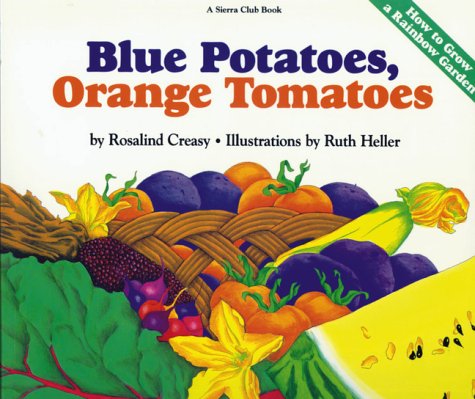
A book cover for Blue Potatoes, Orange Tomatoes: How to Grow A Rainbow Garden; Rosalind Creasy; Cookbooks, Food & Wine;